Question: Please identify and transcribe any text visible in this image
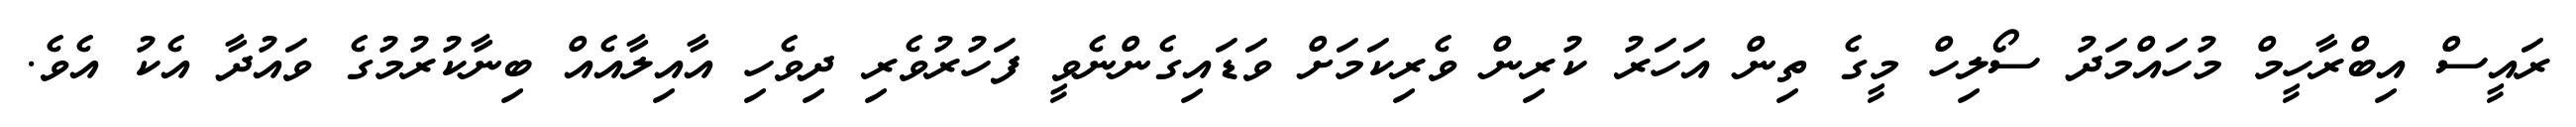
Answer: ރައީސް އިބްރާހީމް މުހައްމަދު ސޯލިހް މީގެ ތިން އަހަރު ކުރިން ވެރިކަމަށް ވަޑައިގެންނެވީ ފަހުރުވެރި ދިވެހި އާއިލާއެއް ބިނާކުރުމުގެ ވައުދާ އެކު އެވެ.